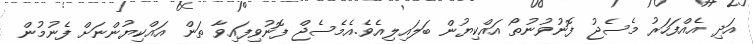
އަދި އެއްފަހަރު މެސެޖު ފޮނުވުނުތޯ އައްކިޔުން ބަލައިލިއެވެ.އެމެސެޖް ފޮނުވިފައިވާ ތަން އައްކިޔުންނަށް ފެނުމުން